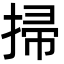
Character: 掃